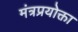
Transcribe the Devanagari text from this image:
मंत्रप्रयोक्ता